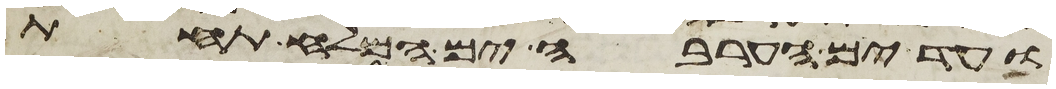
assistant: ועד ים הערבה ים המלח תחת